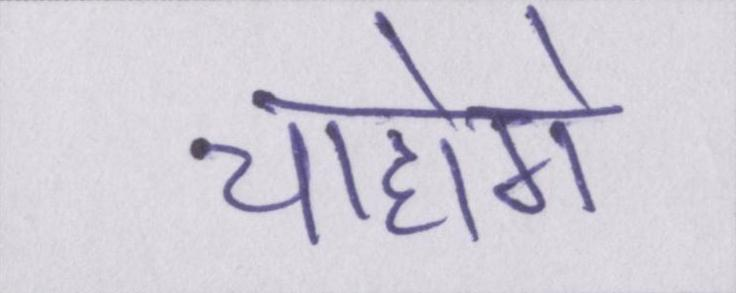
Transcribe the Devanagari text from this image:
चाहोगे